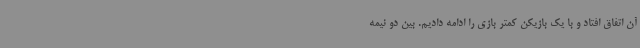
آن اتفاق افتاد و با یک بازیکن کمتر بازی را ادامه دادیم. بین دو نیمه